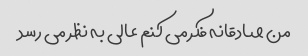
من صادقانه فکر می کنم عالی به نظر می رسد